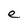
Character: e